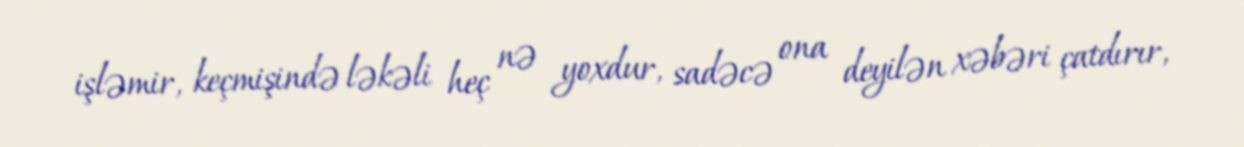
işləmir, keçmişində ləkəli heç nə yoxdur, sadəcə ona deyilən xəbəri çatdırır,